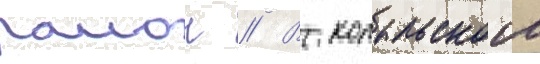
раион // В копыльском